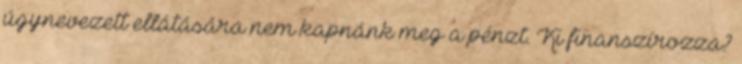
úgynevezett ellátására nem kapnánk meg a pénzt. Ki finanszírozza?